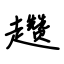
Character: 趱